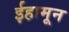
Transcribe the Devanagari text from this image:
ईहामून